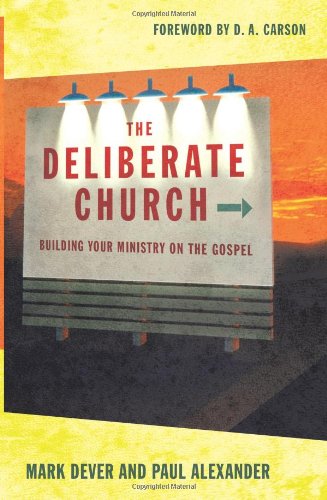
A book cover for The Deliberate Church: Building Your Ministry on the Gospel; Mark Dever; Christian Books & Bibles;